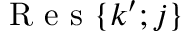
\mathrm { ~ R ~ e ~ s ~ } \{ k ^ { \prime } ; j \}